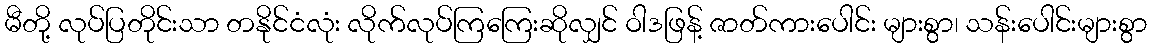
မီတို့ လုပ်ပြတိုင်းသာ တနိုင်ငံလုံး လိုက်လုပ်ကြကြေးဆိုလျှင် ဝါဒဖြန့် ဇာတ်ကားပေါင်း များစွာ၊ သန်းပေါင်းများစွာ